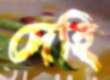
দেহি